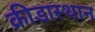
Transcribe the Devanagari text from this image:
क्रीडास्थान